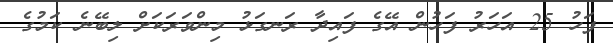
ފަހު 25 އަހަރު ފަހުން އޭގެ ފައިދާ ރަނގަޅު މިންވަރަކަށް ލިބޭނެ ކަމުގެ